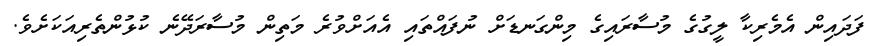
ފަދައިން އެމެރިކާ ލީގުގެ މުސާރައިގެ މިންގަނޑަށް ނުފައްތައި އެއަށްވުރެ މަތިން މުސާރަދޭނެ ކުޅުންތެރިއަކަށެވެ.